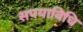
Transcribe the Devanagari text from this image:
सपयाविधि